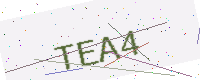
Text: TEA4